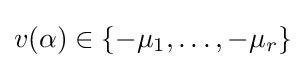
v(\alpha )\in \{-\mu _{1},\ldots ,-\mu _{r}\}